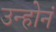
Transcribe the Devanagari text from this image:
उन्होनं